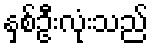
နှစ်ဦးလုံးသည်